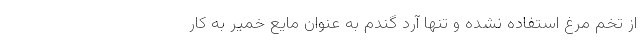
از تخم مرغ استفاده نشده و تنها آرد گندم به عنوان مایع خمیر به کار